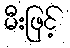
မီးဖြင့်